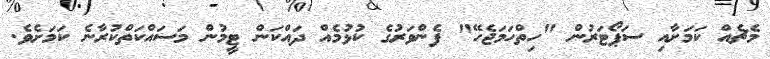
މެޗެއް ކަމަށާއި ސަޕޯޓަރުން "ހިތްހަމަޖެހޭ" ފެންވަރުގެ ކުޅުމެއް ދައްކަން ޓީމުން މަސައްކަތްކުރާނެ ކަމަށެވެ.